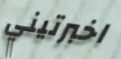
اخبرتيني